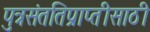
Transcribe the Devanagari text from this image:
पुत्रसंततिप्राप्तीसाठी